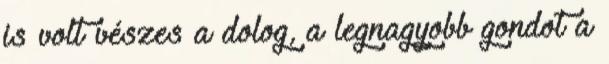
is volt vészes a dolog, a legnagyobb gondot a